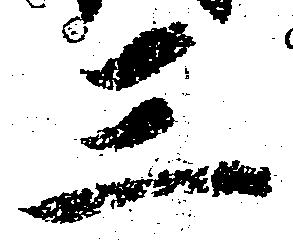
三